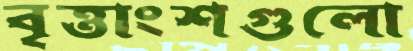
বৃত্তাংশগুলো